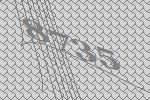
8735